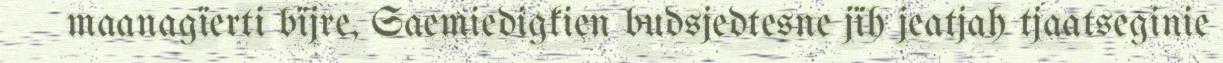
maanagïerti bïjre, Saemiedigkien budsjedtesne jïh jeatjah tjaatseginie